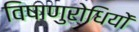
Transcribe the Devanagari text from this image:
विषाणुरोधियों